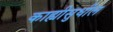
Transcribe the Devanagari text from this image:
काह्यीसुधील